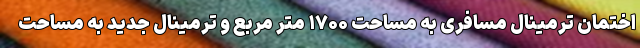
اختمان ترمینال مسافری به مساحت ۱۷۰۰ متر مربع و ترمینال جدید به مساحت